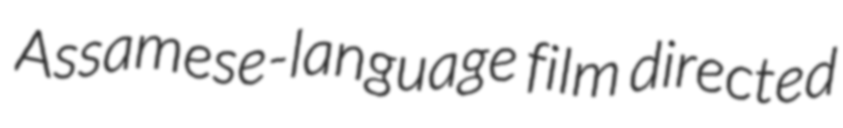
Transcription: Assamese-language film directed